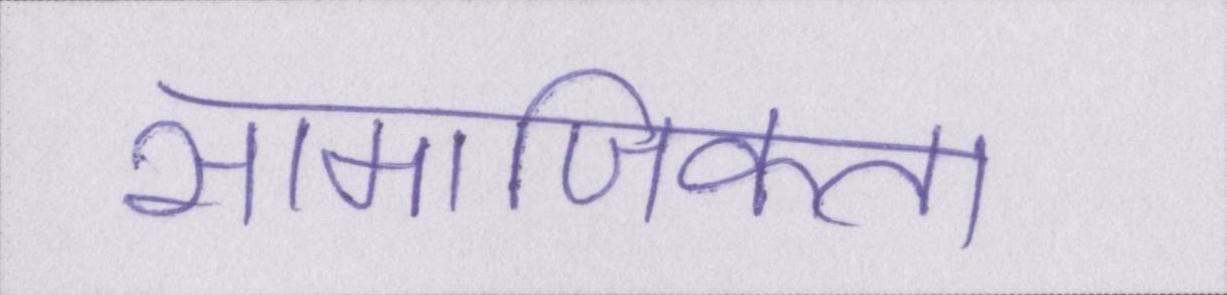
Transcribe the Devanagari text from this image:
सामाजिकता